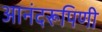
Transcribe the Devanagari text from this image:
आनंदरूपिणी